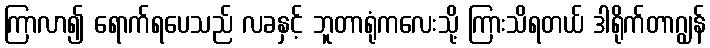
ကြာလာ၍ ရောက်ရပေသည် လခနှင့် ဘူတာရုံကလေးသို့ ကြားသိရတယ် ဒါရိုက်တာဂျွန်